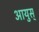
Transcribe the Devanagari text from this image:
आयुस्‌